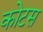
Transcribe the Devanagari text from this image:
कोटस